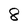
Character: 8